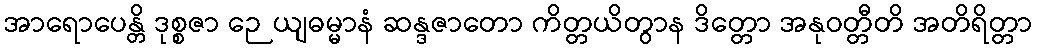
အာရောပေန္တိ ဒုစ္စဇာ ဉေယျဓမ္မာနံ ဆန္ဒဇာတော ကိတ္တယိတွာန ဒိတ္တော အနုဝတ္တီတိ အတိရိတ္တာ